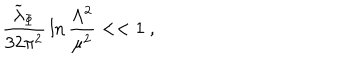
{ \frac { { \widetilde \lambda } _ { \Phi } } { 3 2 \pi ^ { 2 } } } \ln { \frac { \Lambda ^ { 2 } } { \mu ^ { 2 } } } < < 1 ~ ,